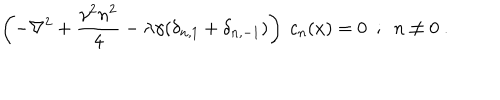
LaTeX: \left( - \nabla ^ { 2 } + \frac { \gamma ^ { 2 } n ^ { 2 } } { 4 } - \lambda \gamma ( \delta _ { n , 1 } + \delta _ { n , - 1 } ) \right) ~ c _ { n } ( x ) = 0 ~ ~ ; ~ ~ n \neq 0 \ .